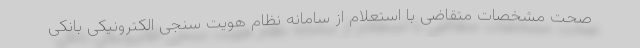
صحت مشخصات متقاضی با استعلام از سامانه نظام هویت سنجی الکترونیکی بانکی